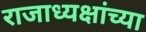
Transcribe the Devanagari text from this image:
राजाध्यक्षांच्या